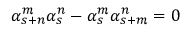
\alpha _ { s + n } ^ { m } \alpha _ { s } ^ { n } - \alpha _ { s } ^ { m } \alpha _ { s + m } ^ { n } = 0